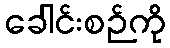
ခေါင်းစဉ်ကို